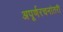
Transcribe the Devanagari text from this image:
अपूर्णरचनांतरी